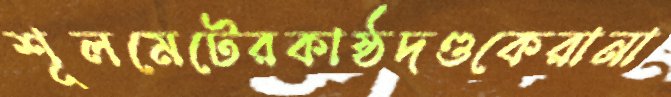
শূলমেটেরকাষ্ঠদণ্ডকেরানা